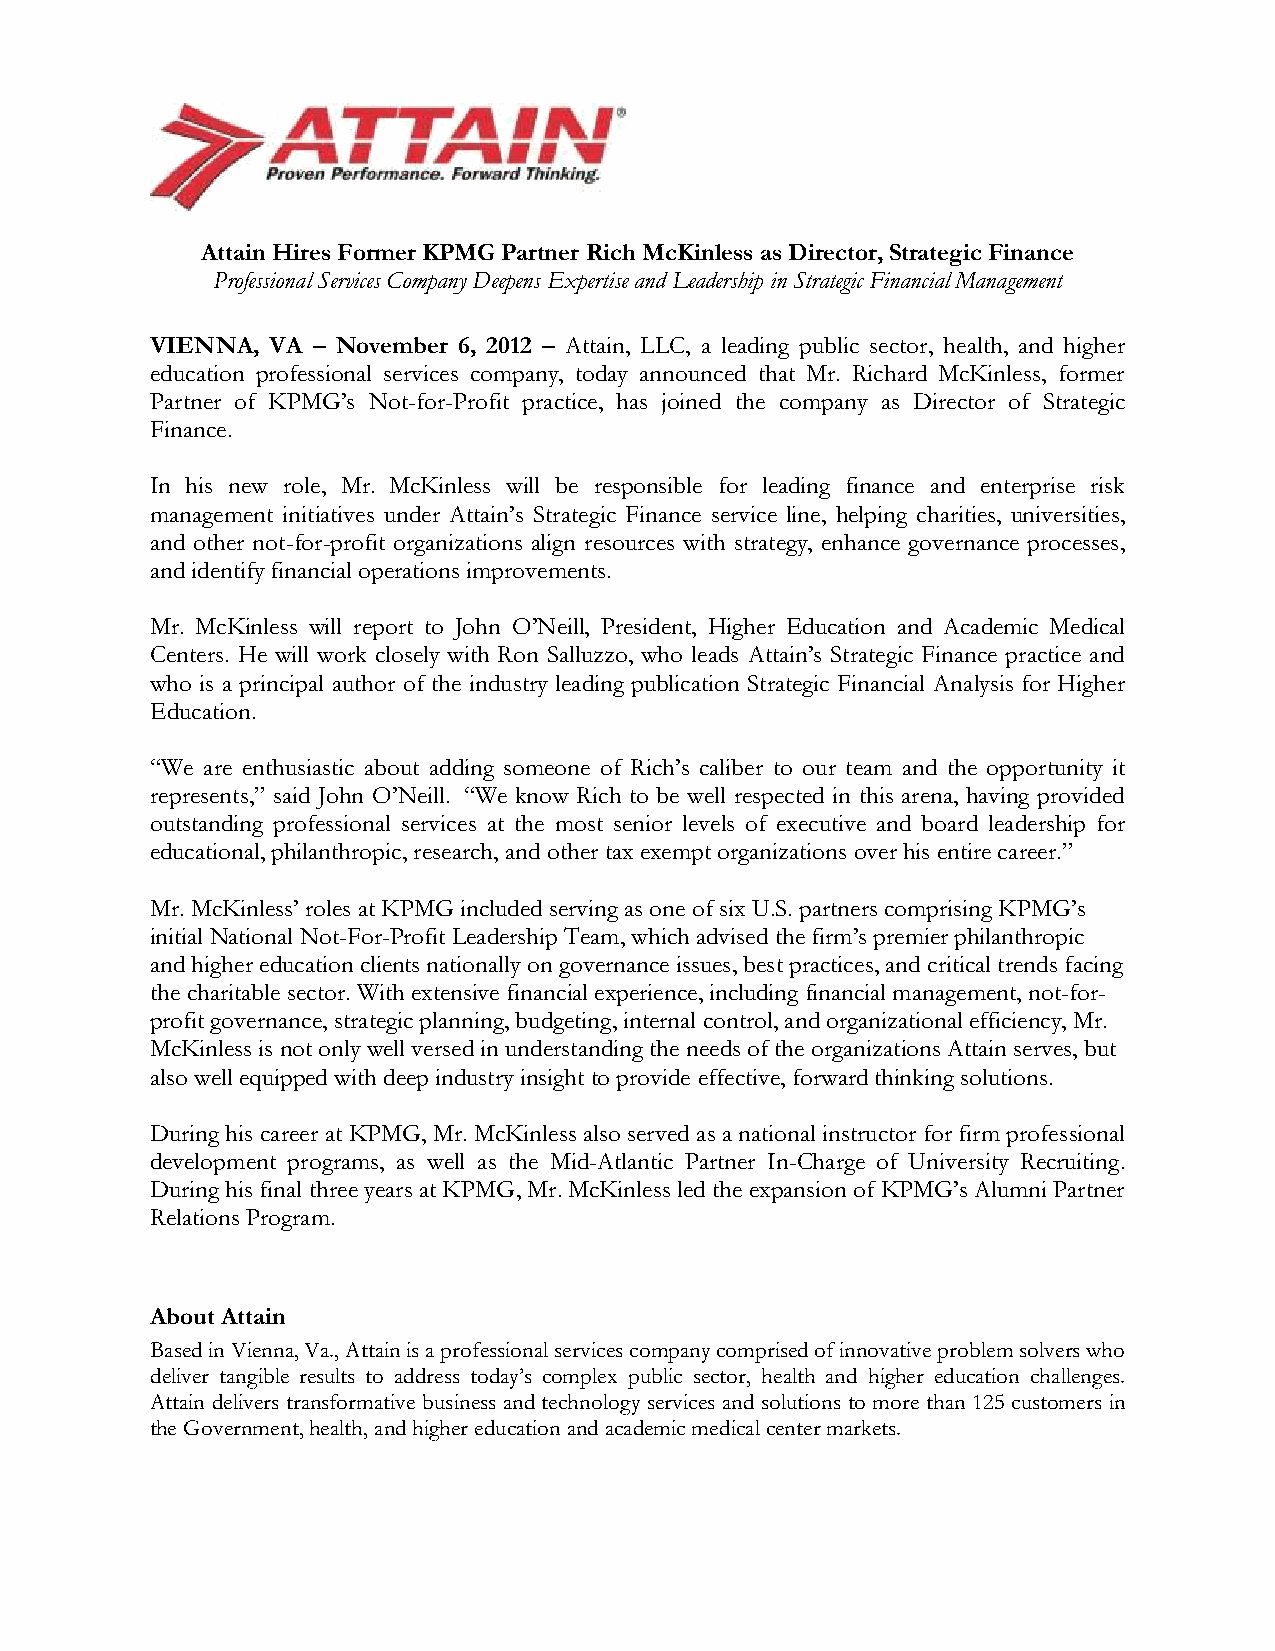
Attain Hires Former KPMG Partner Rich McKinless as Director, Strategic Finance
 Professional Services Company Deepens Expertise and Leadership in Strategic Financial Management
 VIENNA, VA – November 6, 2012 – Attain, LLC, a leading public sector, health, and higher
 education professional services company, today announced that Mr. Richard McKinless, former
 Partner of KPMG’s Not-for-Profit practice, has joined the company as Director of Strategic
 Finance.
 In his new role, Mr. McKinless will be responsible for leading finance and enterprise risk
 management initiatives under Attain’s Strategic Finance service line, helping charities, universities,
 and other not-for-profit organizations align resources with strategy, enhance governance processes,
 and identify financial operations improvements.
 Mr. McKinless will report to John O’Neill, President, Higher Education and Academic Medical
 Centers. He will work closely with Ron Salluzzo, who leads Attain’s Strategic Finance practice and
 who is a principal author of the industry leading publication Strategic Financial Analysis for Higher
 Education.
 “We are enthusiastic about adding someone of Rich’s caliber to our team and the opportunity it
 represents,” said John O’Neill. “We know Rich to be well respected in this arena, having provided
 outstanding professional services at the most senior levels of executive and board leadership for
 educational, philanthropic, research, and other tax exempt organizations over his entire career.”
 Mr. McKinless’ roles at KPMG included serving as one of six U.S. partners comprising KPMG’s
 initial National Not-For-Profit Leadership Team, which advised the firm’s premier philanthropic
 and higher education clients nationally on governance issues, best practices, and critical trends facing
 the charitable sector. With extensive financial experience, including financial management, not-for-
 profit governance, strategic planning, budgeting, internal control, and organizational efficiency, Mr.
 McKinless is not only well versed in understanding the needs of the organizations Attain serves, but
 also well equipped with deep industry insight to provide effective, forward thinking solutions.
 During his career at KPMG, Mr. McKinless also served as a national instructor for firm professional
 development programs, as well as the Mid-Atlantic Partner In-Charge of University Recruiting.
 During his final three years at KPMG, Mr. McKinless led the expansion of KPMG’s Alumni Partner
 Relations Program.
 About Attain
 Based in Vienna, Va., Attain is a professional services company comprised of innovative problem solvers who
 deliver tangible results to address today’s complex public sector, health and higher education challenges.
 Attain delivers transformative business and technology services and solutions to more than 125 customers in
 the Government, health, and higher education and academic medical center markets.